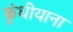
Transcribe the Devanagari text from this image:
कुंधीयाना